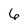
Character: 6